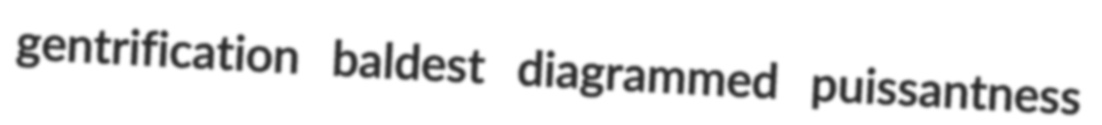
gentrification baldest diagrammed puissantness